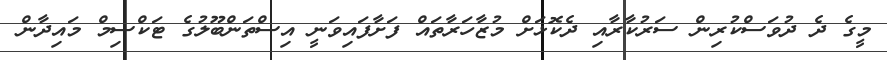
މީގެ ދެ ދުވަސްކުރިން ސަރުކާރާއި ދެކޮޅަށް މުޒާހަރާތައް ފަށާފައިވަނީ އިސްތަންބޫލުގެ ޓަކްސިމް މައިދާން